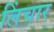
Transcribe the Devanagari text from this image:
लिंचार